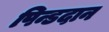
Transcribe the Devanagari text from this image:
पिन्डदान